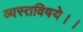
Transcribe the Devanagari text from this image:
व्यस्तविषये।।